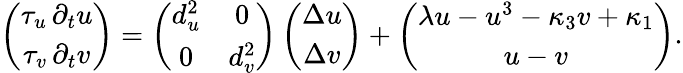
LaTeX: \left({\begin{array}{c}{\tau_{u}\, \partial_{t}u}\\ {\tau_{v}\, \partial_{t}v}\end{array}}\right)=\left({\begin{array}{cc}{d_{u}^{2}}&{0}\\ {0}&{d_{v}^{2}}\end{array}}\right)\left({\begin{array}{c}{\Delta u}\\ {\Delta v}\end{array}}\right)+\left({\begin{array}{c}{\lambda u-u^{3}-\kappa_{3}v+\kappa_{1}}\\ {u-v}\end{array}}\right).